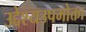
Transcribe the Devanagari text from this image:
उद्देश्यउपभोक्ता